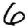
Digit: 6